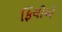
ફિલોએ